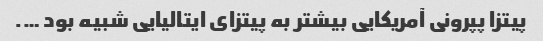
پیتزا پپرونی آمریکایی بیشتر به پیتزای ایتالیایی شبیه بود ….